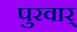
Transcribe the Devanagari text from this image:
पुरवार्